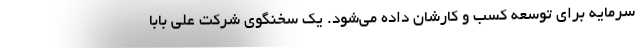
سرمایه برای توسعه کسب و کارشان داده می‌شود. یک سخنگوی شرکت علی بابا